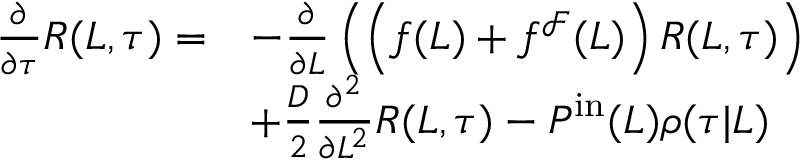
\begin{array} { r l } { \frac { \partial } { \partial \tau } R ( L , \tau ) = } & { - \frac { \partial } { \partial L } \left( \left( f ( L ) + f ^ { \mathcal { F } } ( L ) \right) R ( L , \tau ) \right) } \\ & { + \frac { D } { 2 } \frac { \partial ^ { 2 } } { \partial L ^ { 2 } } R ( L , \tau ) - P ^ { \mathrm { i n } } ( L ) \rho ( \tau | L ) } \end{array}